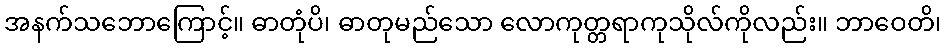
အနက်သဘောကြောင့်။ ဓာတုံပိ၊ ဓာတုမည်သော လောကုတ္တရာကုသိုလ်ကိုလည်း။ ဘာဝေတိ၊